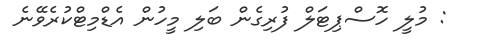
: މުލީ ހޮސްޕިޓަލް ފުރިގެން ބަލި މީހުން އެޑްމިޓްކުރެވޭނެ